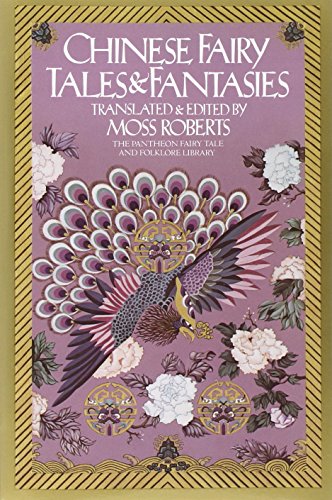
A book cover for Chinese Fairy Tales and Fantasies (The Pantheon Fairy Tale and Folklore Library); Moss Roberts; Science Fiction & Fantasy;